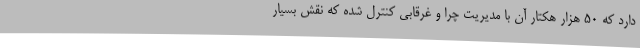
دارد که 50 هزار هکتار آن با مدیریت چرا و غرقابی کنترل شده که نقش بسیار